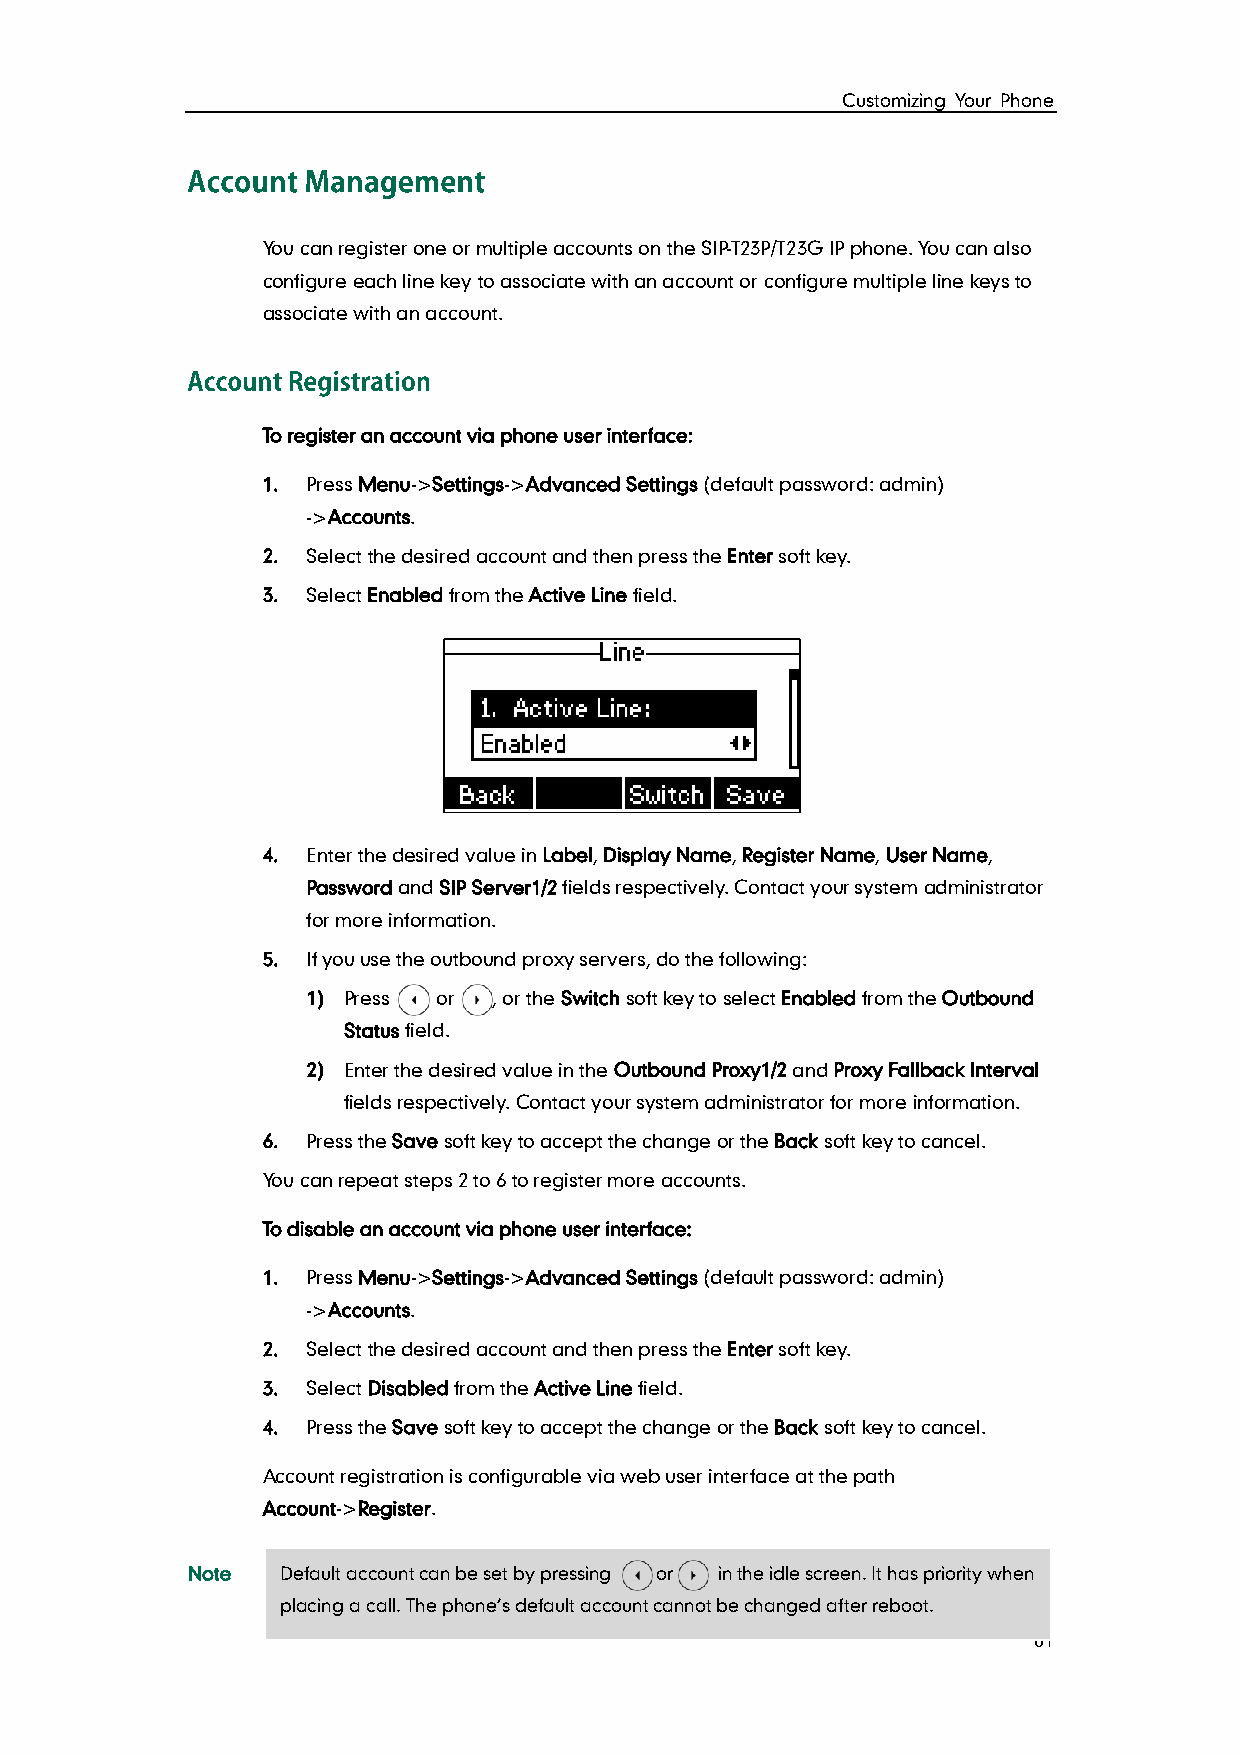
Customizing Your Phone
 You can register one or multiple accounts on the SIP-T23P/T23G IP phone. You can also
 configure each line key to associate with an account or configure multiple line keys to
 associate with an account.
 To register an account via phone user interface:
 1. Press Menu->Settings->Advanced Settings (default password: admin)
 ->Accounts.
 2. Select the desired account and then press the Enter soft key.
 3. Select Enabled from the Active Line field.
 4. Enter the desired value in Label, Display Name, Register Name, User Name,
 Password and SIP Server1/2 fields respectively. Contact your system administrator
 for more information.
 5. If you use the outbound proxy servers, do the following:
 1) Press or  , or the Switch soft key to select Enabled from the Outbound
 Status field.
 2) Enter the desired value in the Outbound Proxy1/2 and Proxy Fallback Interval
 fields respectively. Contact your system administrator for more information.
 6. Press the Save soft key to accept the change or the Back soft key to cancel.
 You can repeat steps 2 to 6 to register more accounts.
 To disable an account via phone user interface:
 1. Press Menu->Settings->Advanced Settings (default password: admin)
 ->Accounts.
 2. Select the desired account and then press the Enter soft key.
 3. Select Disabled from the Active Line field.
 4. Press the Save soft key to accept the change or the Back soft key to cancel.
 Account registration is configurable via web user interface at the path
 Account->Register.
 Note   Default account can be set by pressing or in the idle screen. It has priority when
 placing a call. The phone’s default account cannot be changed after reboot.
 61